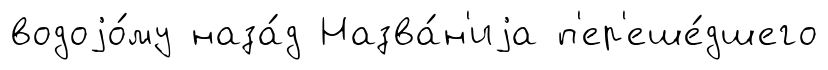
водоjо́му наза́д Назва́н'иjа п'ер'еше́дшего